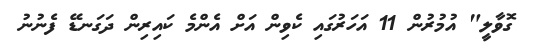
ގޮވާލީ" އުމުރުން 11 އަހަރުގައި ކެވިން އަށް އެންމެ ކައިރިން ދަގަނޑޭ ފެނުނު